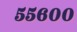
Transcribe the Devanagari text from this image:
५५६००